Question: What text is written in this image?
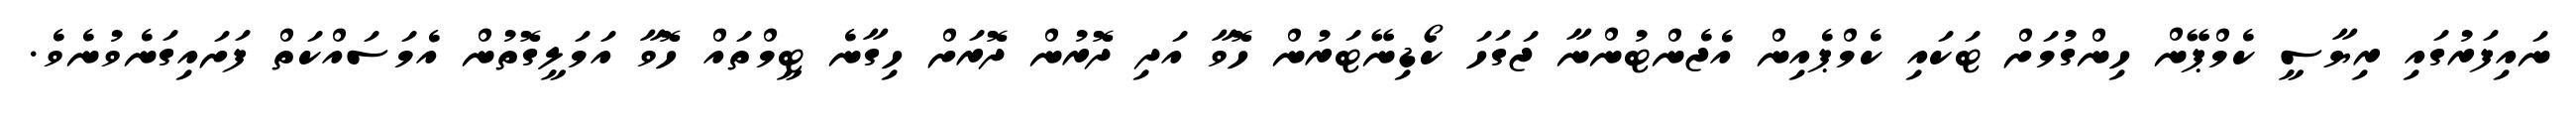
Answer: ނައިފަރުގައި ރިޔާސީ ކެމްޕޭން ހިންގުމަށް ޓަކައި ކެމްޕެއިން އެޖެންޓުންނާ ޖަގަހަ ކޯޑިނޭޓަރުން ހޮވާ އަދި ދޮރުން ދޮރަށް ހިގާނެ ޓީމްތައް ހޮވާ އަމަލީގޮތުން އެމަސައްކަތް ފަށައިގަނެވުނެވެ.